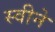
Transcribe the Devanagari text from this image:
स्वीने